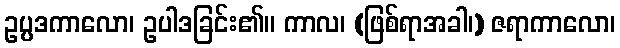
ဥပ္ပဒကာလော၊ ဥပါဒခြင်း၏။ ကာလ၊ (ဖြစ်ရာအခါ၊) ဇရာကာလော၊